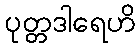
ပုတ္တဒါရေဟိ